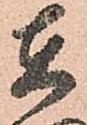
在